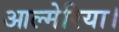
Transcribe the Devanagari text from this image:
आल्मेरिया।